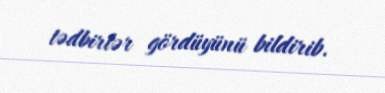
tədbirlər gördüyünü bildirib.